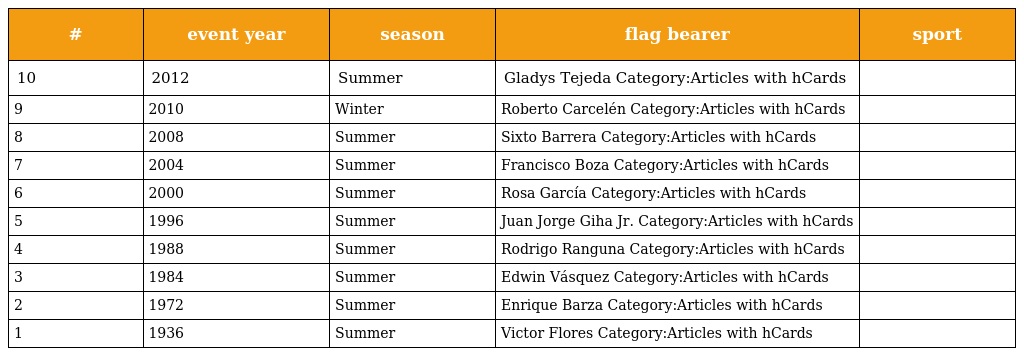
| # | event year | season | flag bearer | sport |
 | --- | --- | --- | --- | --- |
 | 10 | 2012 | Summer | Gladys Tejeda Category:Articles with hCards |  |
 | 9 | 2010 | Winter | Roberto Carcelén Category:Articles with hCards |  |
 | 8 | 2008 | Summer | Sixto Barrera Category:Articles with hCards |  |
 | 7 | 2004 | Summer | Francisco Boza Category:Articles with hCards |  |
 | 6 | 2000 | Summer | Rosa García Category:Articles with hCards |  |
 | 5 | 1996 | Summer | Juan Jorge Giha Jr. Category:Articles with hCards |  |
 | 4 | 1988 | Summer | Rodrigo Ranguna Category:Articles with hCards |  |
 | 3 | 1984 | Summer | Edwin Vásquez Category:Articles with hCards |  |
 | 2 | 1972 | Summer | Enrique Barza Category:Articles with hCards |  |
 | 1 | 1936 | Summer | Victor Flores Category:Articles with hCards |  |